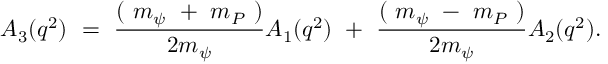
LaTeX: A _ { 3 } ( q ^ { 2 } ) ~ = ~ \frac { ( ~ m _ { \psi } ~ + ~ m _ { P } ~ ) } { 2 m _ { \psi } } A _ { 1 } ( q ^ { 2 } ) ~ + ~ \frac { ( ~ m _ { \psi } ~ - ~ m _ { P } ~ ) } { 2 m _ { \psi } } A _ { 2 } ( q ^ { 2 } ) .